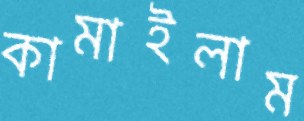
কামাইলাম